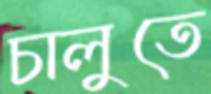
চালুতে